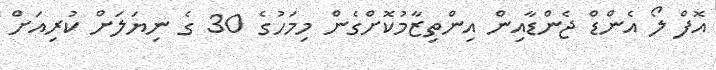
އޮފް ލޯ އެންޑް ޖެންޑާއިން އިންތިޒާމުކޮށްގެން މިމަހުގެ 30 ގެ ނިޔަލަށް ކުރިއަށް